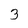
Character: 3